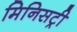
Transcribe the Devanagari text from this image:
मिनिसट्री